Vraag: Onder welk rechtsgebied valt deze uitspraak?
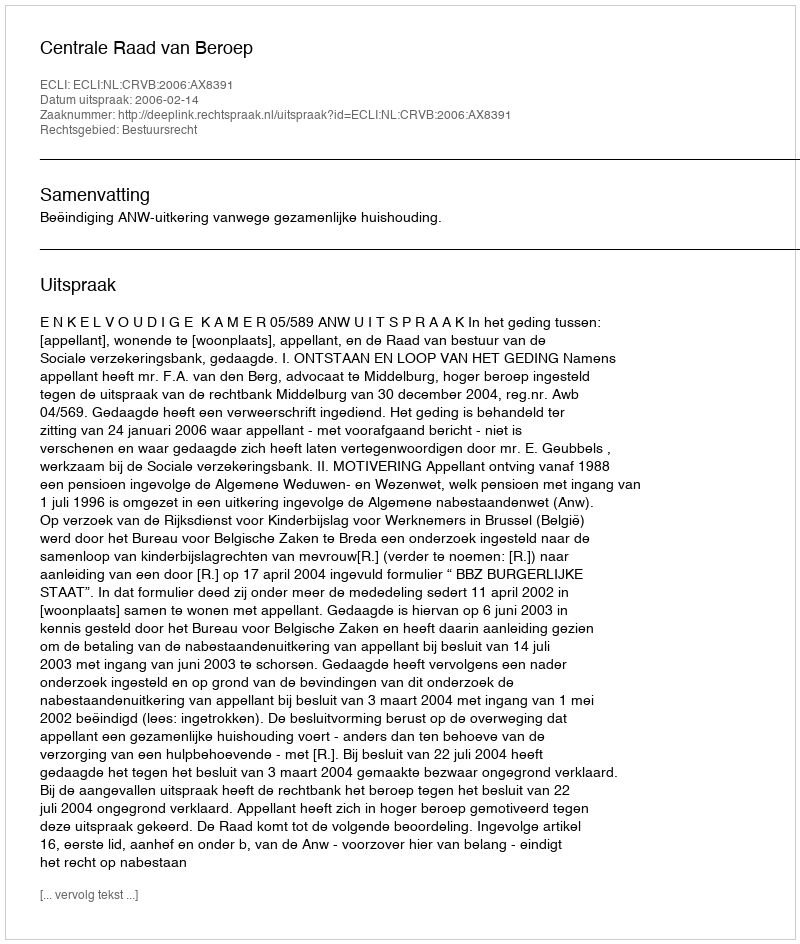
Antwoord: Bestuursrecht